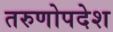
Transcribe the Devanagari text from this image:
तरुणोपदेश